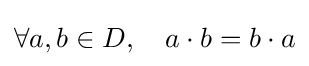
\forall a,b\in D,\quad a\cdot b=b\cdot a